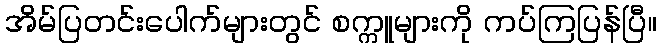
အိမ်ပြတင်းပေါက်များတွင် စက္ကူများကို ကပ်ကြပြန်ပြီ။